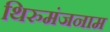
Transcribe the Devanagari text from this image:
थिरुमंजनाम